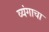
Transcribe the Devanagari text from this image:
व्यंगाचा